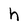
Character: h